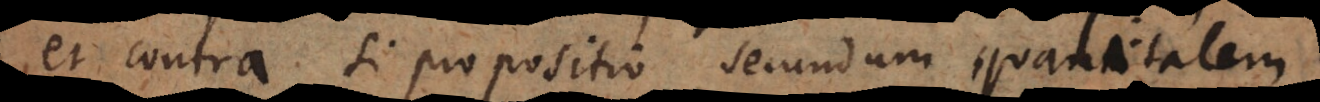
et contra si propositio secundum qualitatem